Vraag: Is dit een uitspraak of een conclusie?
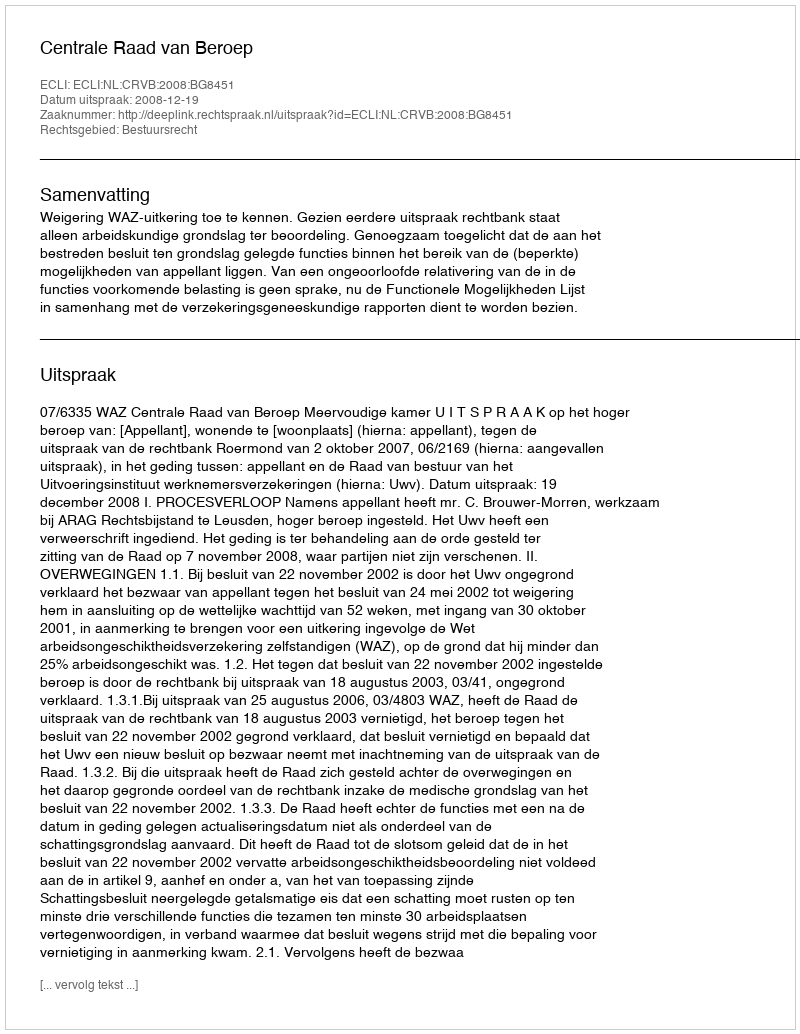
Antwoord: Uitspraak